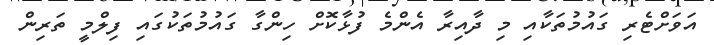
އަވަށްޓެރި ގައުމުތަކާއި މި ދާއިރާ އެންމެ ފުޅާކޮށް ހިންގާ ގައުމުތަކުގައި ފިލްމީ ތަރިން